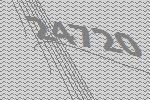
24720